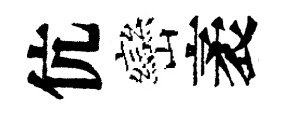
伉巒袤